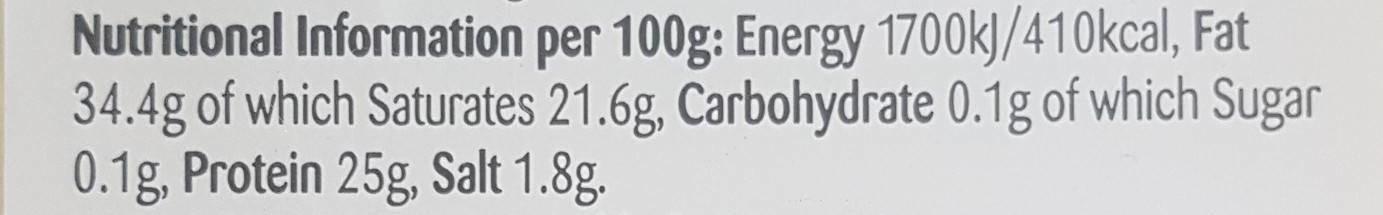
Nutritional Information per 100g: Energy 1700kJ/410kcal, Fat 34.4g of which Saturates 21.6g, Carbohydrate 0.1g of which Sugar 0.1g, Protein 25g, Salt 1.8g.